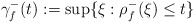
\begin{align*}\gamma _{f}^{-}(t):=\sup \{\xi :\rho _{f}^{-}(\xi )\leq t\} \end{align*}